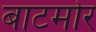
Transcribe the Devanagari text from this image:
बाटमोर